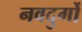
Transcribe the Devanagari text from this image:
नवदुर्गो